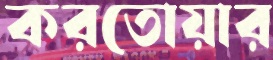
করতোয়ার